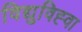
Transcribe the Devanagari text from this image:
विद्युविह्वा